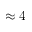
\approx 4